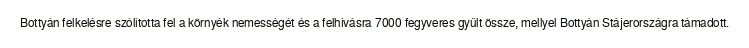
Bottyán felkelésre szólította fel a környék nemességét és a felhívásra 7000 fegyveres gyűlt össze, mellyel Bottyán Stájerországra támadott.